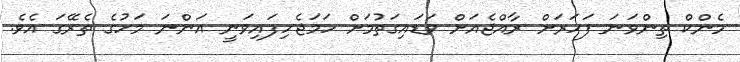
މެންކް ތިންވަނަ ފަހަރަށް ރާއްޖެއަށް ވަޑައިގަތުމަށް ހަމަޖެހިފައިވަނީ އަންނަ މަހުގެ ތެރޭގަ އެވެ.